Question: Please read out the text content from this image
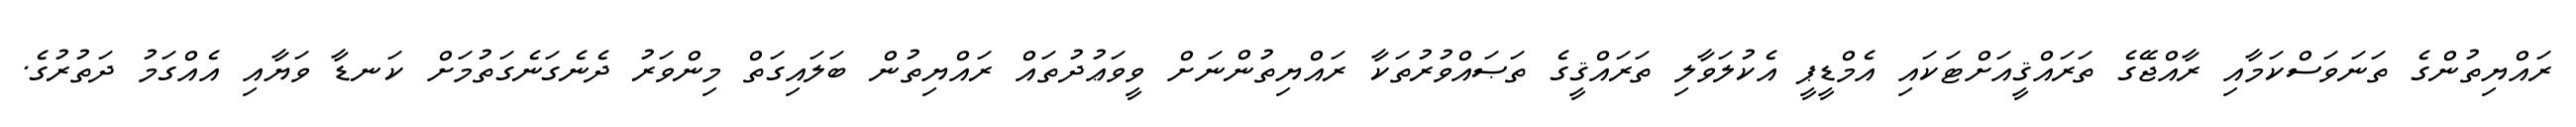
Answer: ރައްޔިތުންގެ ތަނަވަސްކަމާއި ރާއްޖޭގެ ތަރައްޤީއަށްޓަކައި އެމްޑީޕީ އެކުލަވާލި ތަރައްޤީގެ ތަޞައްވުރުތަކާ ރައްޔިތުންނަށް ވީވަޢުދުތައް ރައްޔިތުން ބަލައިގަތް މިންވަރު ދެނެގަނެގަތުމަށް ކަނޑާ ވަޔާއި އެއްގަމު ދަތުރުގެ.